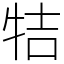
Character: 㸵